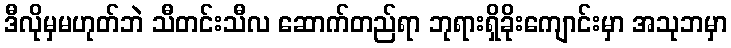
ဒီလိုမှမဟုတ်ဘဲ သီတင်းသီလ ဆောက်တည်ရာ ဘုရားရှိခိုးကျောင်းမှာ အသုဘမှာ